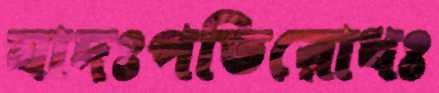
যাদঃপতিরোধঃ